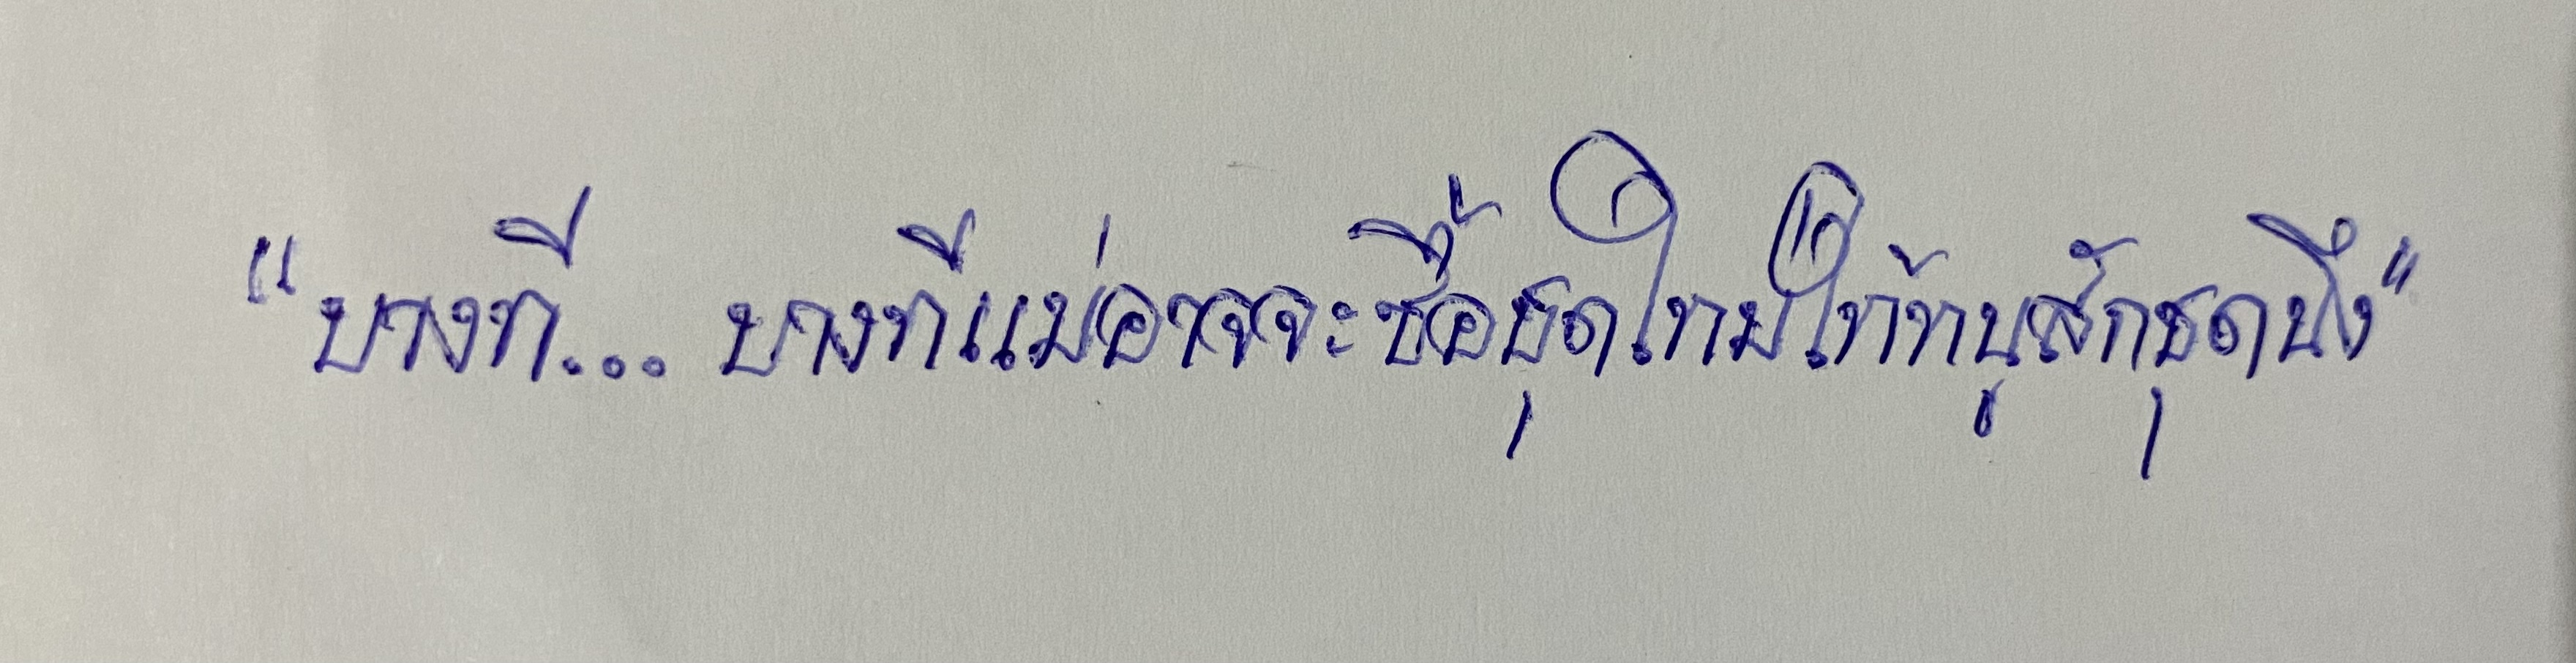
"บางที...บางทีแม่อาจจะซื้อชุดใหม่ให้หนูสักชุดหนึ่ง"